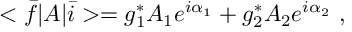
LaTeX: < \bar { f } | A | \bar { i } > = g _ { 1 } ^ { * } A _ { 1 } e ^ { i \alpha _ { 1 } } + g _ { 2 } ^ { * } A _ { 2 } e ^ { i \alpha _ { 2 } } \ ,